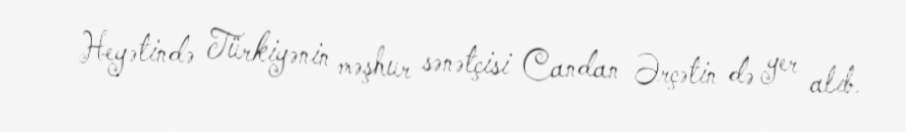
Heyətində Türkiyənin məşhur sənətçisi Candan Ərçətin də yer alıb.